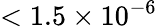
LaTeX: <1.5\times 10^{-6}